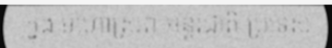
ក្នុង មហោស្រព អន្តរជាតិ ប្រទេស